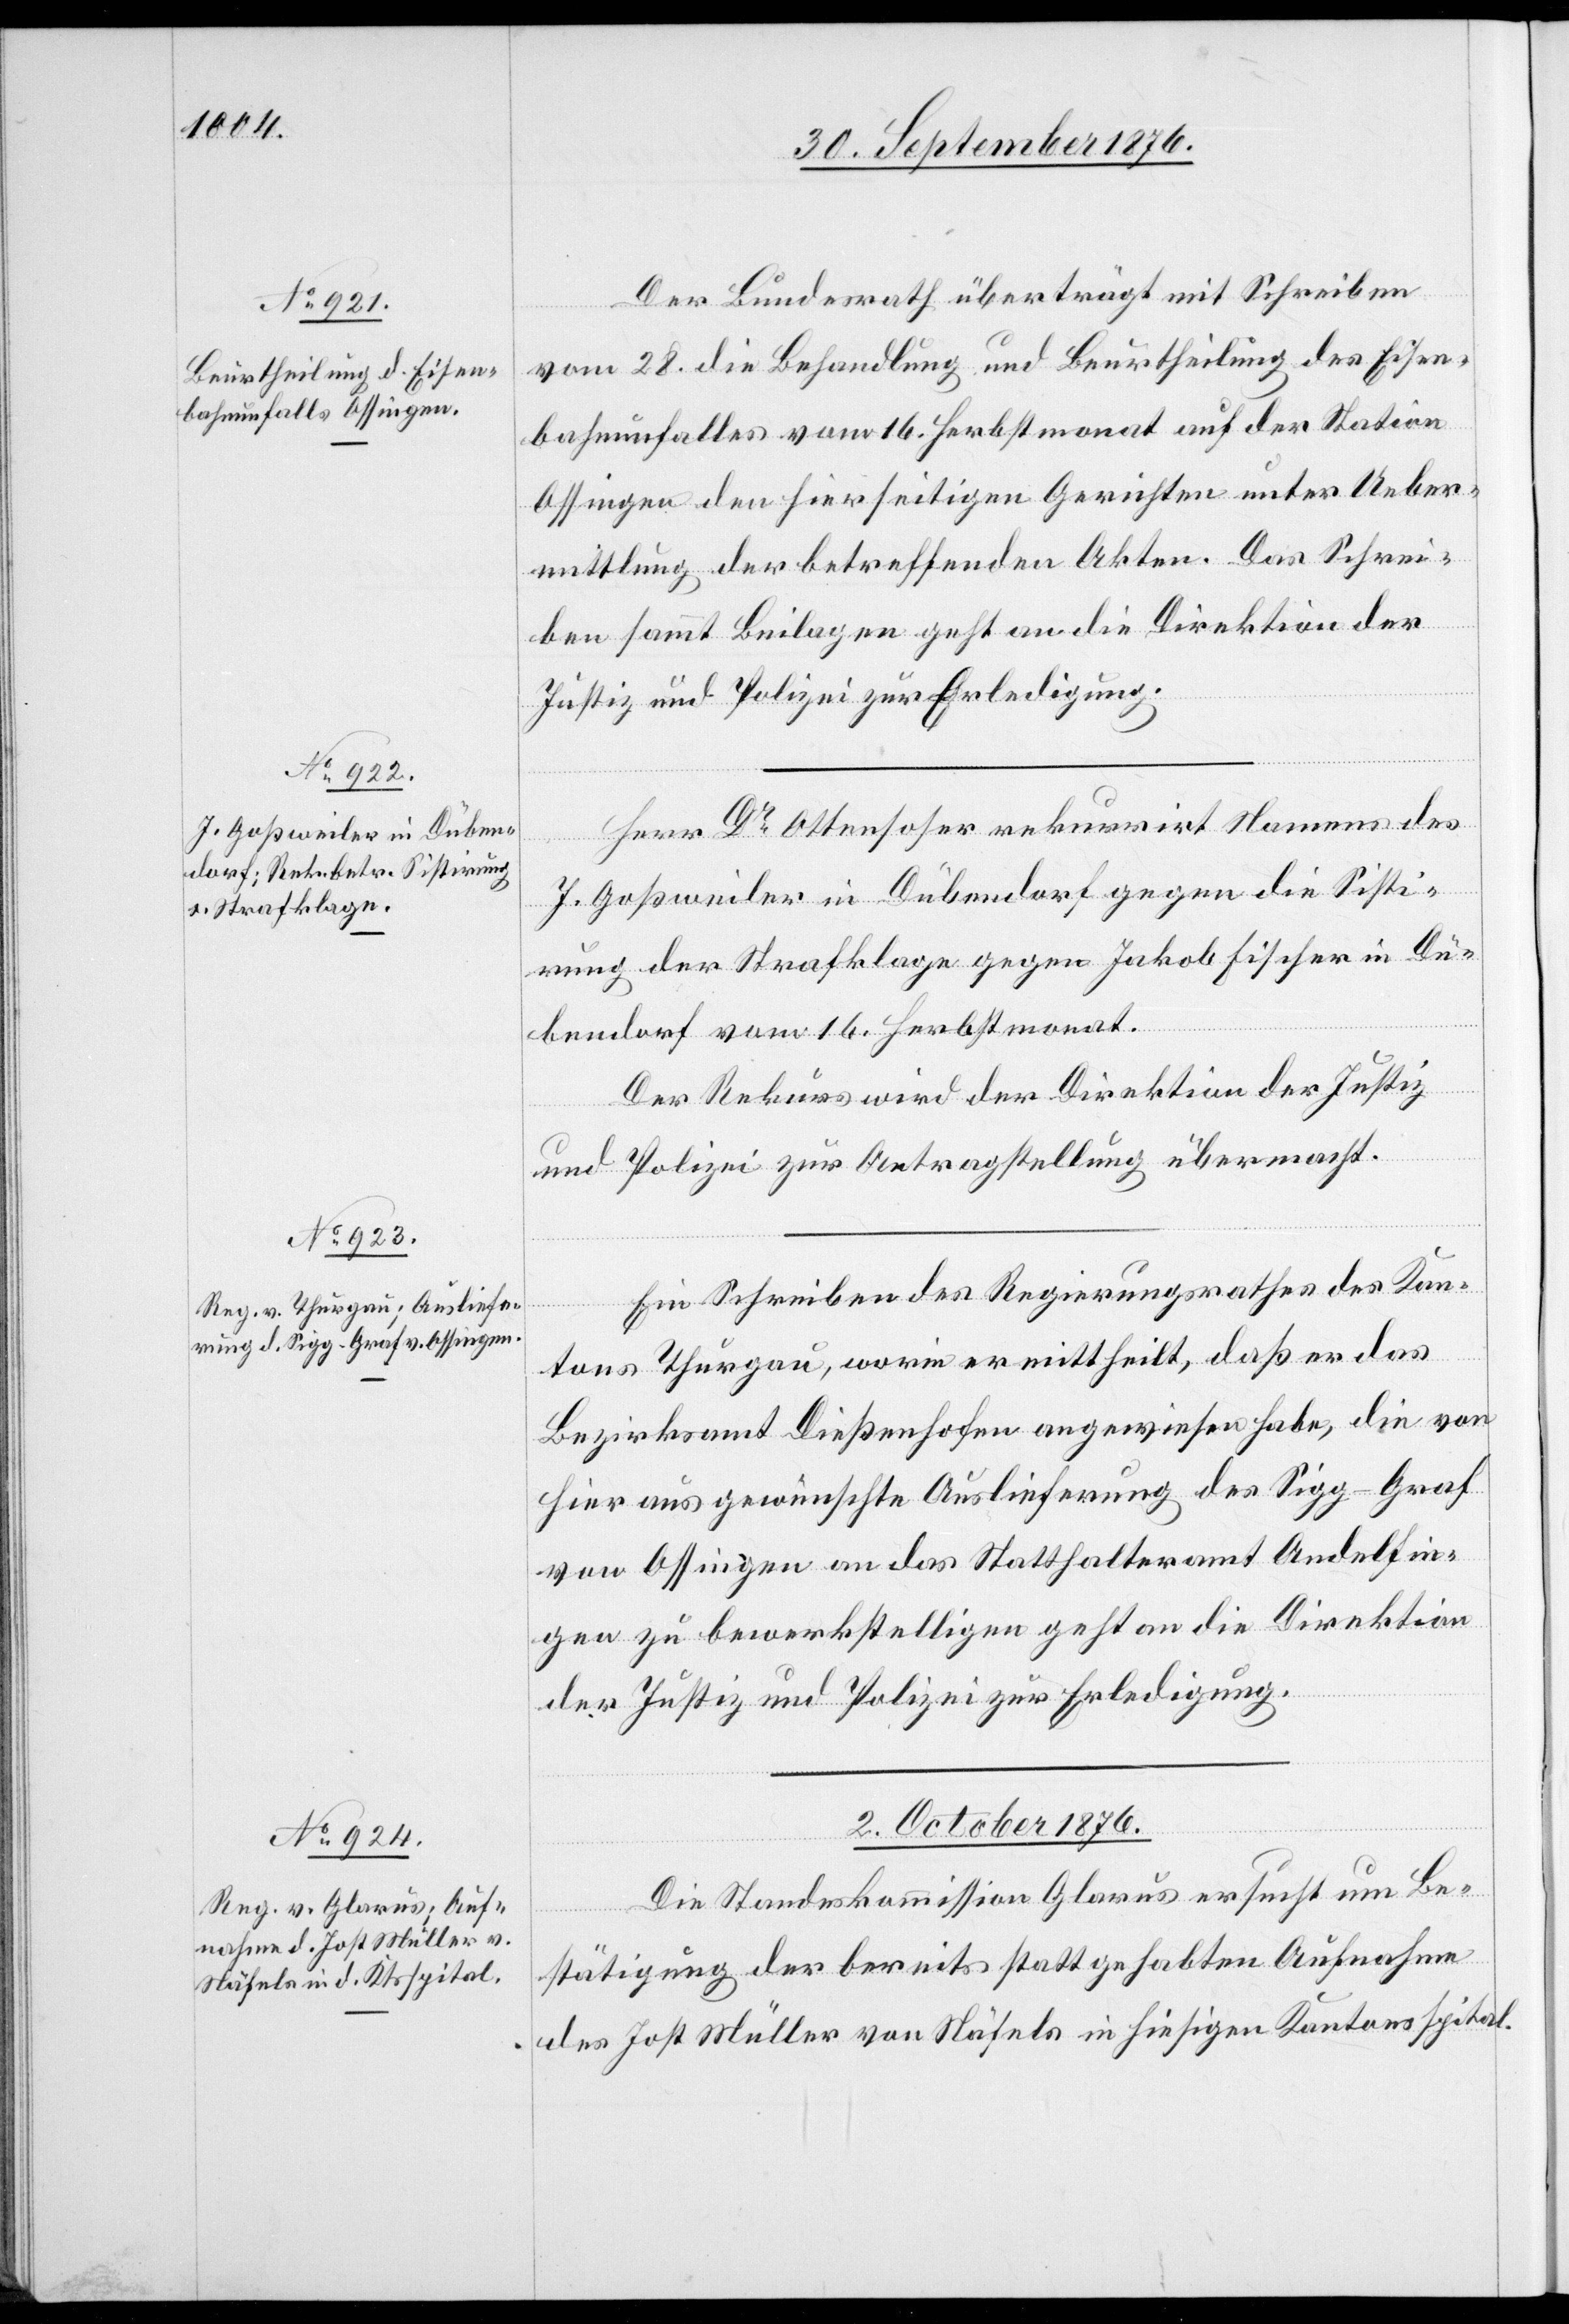
30. September 1876.]
Der Bundesrath überträgt mit Schreiben
vom 28. die Behandlung und Beurtheilung des Eisen¬
bahnunfalles vom 16. Herbstmonat auf der Station
Ossingen den hierseitigen Gerichten unter Ueber¬
mittlung der betreffenden Akten. Das Schrei¬
ben sammt Beilagen geht an die Direktion der
Justiz und Polizei zur Erledigung.
Herr Dr Ottenhofer rekurrirt Namens des
J. Goßweiler in Dübendorf gegen die Sisti¬
rung der Strafklage gegen Jakob Fischer in Dü¬
bendorf vom 16. Herbstmonat.
Der Rekurs wird der Direktion der Justiz
und Polizei zur Antragstellung übermacht.
Ein Schreiben des Regierungsrathes des Kan¬
tons Thurgau, worin er mittheilt, daß er das
Bezirksamt Dießenhofen angewiesen habe, die von
hier aus gewünschte Auslieferung des Sigg-Graf
von Ossingen an das Statthalteramt Andelfin¬
gen zu bewerkstelligen geht an die Direktion
der Justiz und Polizei zur Erledigung.
2. October 1876.
Die Standeskommission Glarus ersucht um Be¬
stätigung der bereits stattgehabten Aufnahme
des Jost Müller von Stäfels in hiesigen Kantonsspital.